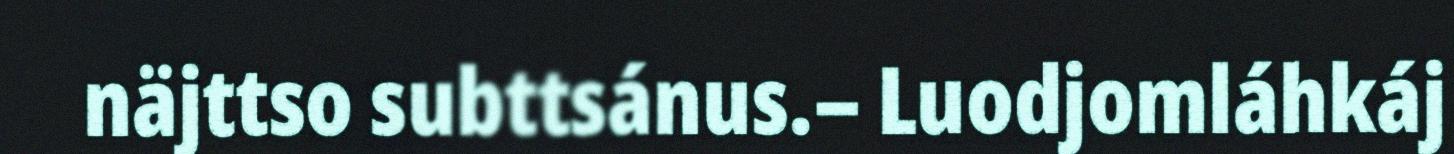
näjttso subttsánus.– Luodjomláhkáj